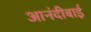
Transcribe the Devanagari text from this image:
आनंदीबाईं